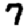
Digit: 7